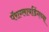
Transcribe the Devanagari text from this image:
पॅराग्लायडिंगच्या